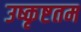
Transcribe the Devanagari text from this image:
उष्कृष्टतम